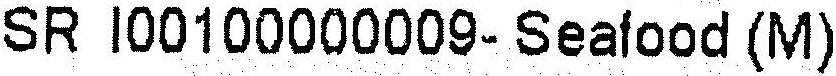
SR I00100000009- SEAFOOD (M)